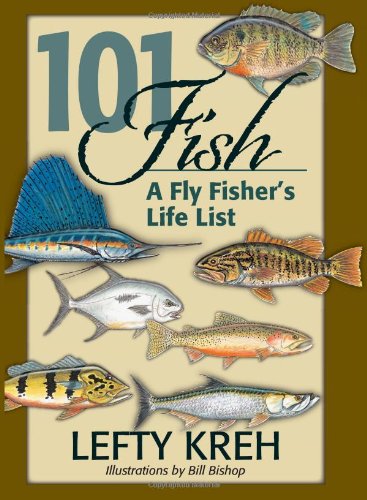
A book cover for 101 Fish: A Fly Fisher's Life List; Lefty Kreh; Humor & Entertainment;